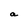
Character: a